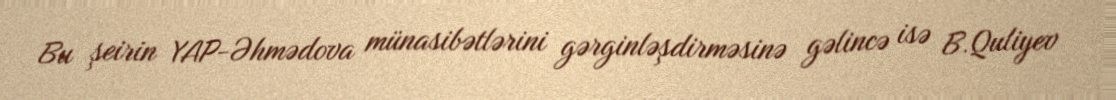
Bu şeirin YAP-Əhmədova münasibətlərini gərginləşdirməsinə gəlincə isə B.Quliyev